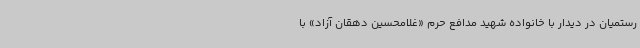
رستمیان در دیدار با خانواده شهید مدافع حرم «غلامحسین دهقان آزاد» با